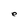
Character: e